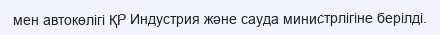
мен автокөлігі ҚР Индустрия және сауда министрлігіне берілді.